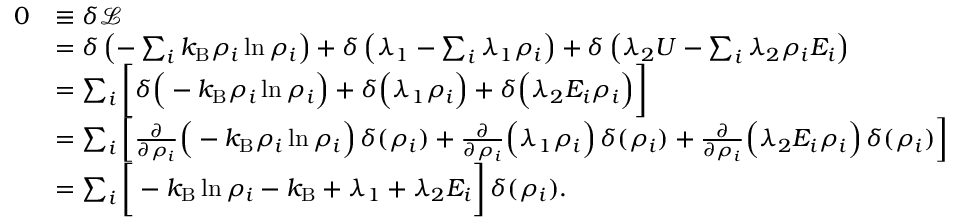
{ \begin{array} { r l } { 0 } & { \equiv \delta { \mathcal { L } } } \\ & { = \delta \left( - \sum _ { i } k _ { \mathrm { B } } \rho _ { i } \ln \rho _ { i } \right) + \delta \left( \lambda _ { 1 } - \sum _ { i } \lambda _ { 1 } \rho _ { i } \right) + \delta \left( \lambda _ { 2 } U - \sum _ { i } \lambda _ { 2 } \rho _ { i } E _ { i } \right) } \\ & { = \sum _ { i } { \bigg [ } \delta { \Big ( } - k _ { \mathrm { B } } \rho _ { i } \ln \rho _ { i } { \Big ) } + \delta { \Big ( } \lambda _ { 1 } \rho _ { i } { \Big ) } + \delta { \Big ( } \lambda _ { 2 } E _ { i } \rho _ { i } { \Big ) } { \bigg ] } } \\ & { = \sum _ { i } \left[ { \frac { \partial } { \partial \rho _ { i } } } { \Big ( } - k _ { \mathrm { B } } \rho _ { i } \ln \rho _ { i } { \Big ) } \, \delta ( \rho _ { i } ) + { \frac { \partial } { \partial \rho _ { i } } } { \Big ( } \lambda _ { 1 } \rho _ { i } { \Big ) } \, \delta ( \rho _ { i } ) + { \frac { \partial } { \partial \rho _ { i } } } { \Big ( } \lambda _ { 2 } E _ { i } \rho _ { i } { \Big ) } \, \delta ( \rho _ { i } ) \right] } \\ & { = \sum _ { i } { \bigg [ } - k _ { \mathrm { B } } \ln \rho _ { i } - k _ { \mathrm { B } } + \lambda _ { 1 } + \lambda _ { 2 } E _ { i } { \bigg ] } \, \delta ( \rho _ { i } ) . } \end{array} }